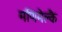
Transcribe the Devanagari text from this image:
मणिमेक्लै